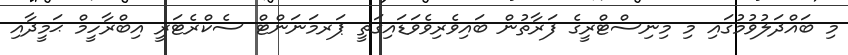
މި ބައްދަލުވުމުގައި މި މިނިސްޓްރީގެ ފަރާތުން ބައިވެރިވެވަޑައިގަތީ ޕަރމަނަންޓް ސެކްރެޓަރީ އިބްރާހީމް ޙަމީދާއި